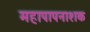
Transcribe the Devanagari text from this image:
महापापनाशक